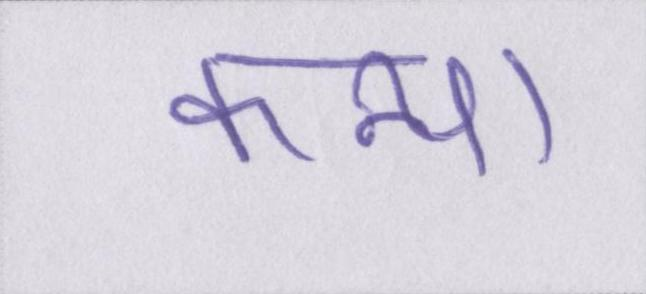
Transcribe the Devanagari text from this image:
कन्या